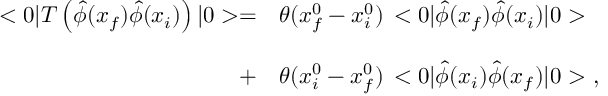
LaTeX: \begin{array} { r l } { { < 0 | T \left( \hat { \phi } ( x _ { f } ) \hat { \phi } ( x _ { i } ) \right) | 0 > = } } & { { \theta ( x _ { f } ^ { 0 } - x _ { i } ^ { 0 } ) \, < 0 | \hat { \phi } ( x _ { f } ) \hat { \phi } ( x _ { i } ) | 0 > } } \\ { { } } & { { } } \\ { { + } } & { { \theta ( x _ { i } ^ { 0 } - x _ { f } ^ { 0 } ) \, < 0 | \hat { \phi } ( x _ { i } ) \hat { \phi } ( x _ { f } ) | 0 > \ , } } \end{array}